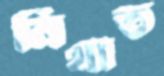
নিখাত